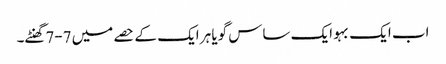
اب ایک بہو ایک ساس گویا ہر ایک کے حصے میں 7-7گھنٹے۔